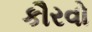
કૌરવો